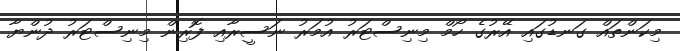
މިކަންތައް ގަނޑުގައި އޭރުގެ ހޯމް މިނިސްޓަރު އުމަރު ނަސީރާއި ފޮރިން މިނިސްޓަރު ދުންޔާ